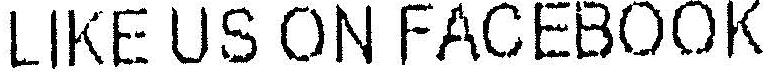
LIKE US ON FACEBOOK